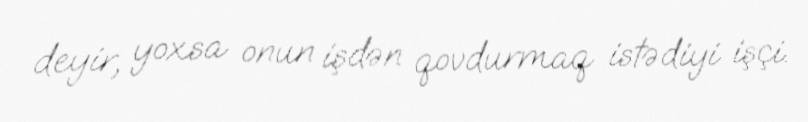
deyir, yoxsa onun işdən qovdurmaq istədiyi işçi.